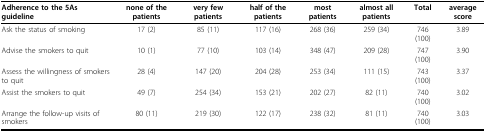
<table><thead><tr><td><b>Adherence to the 5As guideline</b></td><td><b>none of the patients</b></td><td><b>very few patients</b></td><td><b>half of the patients</b></td><td><b>most patients</b></td><td><b>almost all patients</b></td><td><b>Total</b></td><td><b>average score</b></td></tr></thead><tbody><tr><td>Ask the status of smoking</td><td>17 (2)</td><td>85 (11)</td><td>117 (16)</td><td>268 (36)</td><td>259 (34)</td><td>746 (100)</td><td>3.89</td></tr><tr><td>Advise the smokers to quit</td><td>10 (1)</td><td>77 (10)</td><td>103 (14)</td><td>348 (47)</td><td>209 (28)</td><td>747 (100)</td><td>3.90</td></tr><tr><td>Assess the willingness of smokers to quit</td><td>28 (4)</td><td>147 (20)</td><td>204 (28)</td><td>253 (34)</td><td>111 (15)</td><td>743 (100)</td><td>3.37</td></tr><tr><td>Assist the smokers to quit</td><td>49 (7)</td><td>254 (34)</td><td>153 (21)</td><td>202 (27)</td><td>82 (11)</td><td>740 (100)</td><td>3.02</td></tr><tr><td>Arrange the follow-up visits of smokers</td><td>80 (11)</td><td>219 (30)</td><td>122 (17)</td><td>238 (32)</td><td>81 (11)</td><td>740 (100)</td><td>3.03</td></tr></tbody></table>